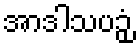
အာဒါသပဉှံ